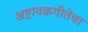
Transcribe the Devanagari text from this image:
अष्टावक्रगीतेचा